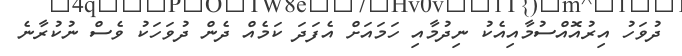
ދުވަހު އިރުއޮއްސުމާއިއެކު ނިދުމާއި ހަަމައަށް އެފަދަ ކަމެއް ދެން ދުވަހަކު ވެސް ނުކުރާނެ